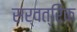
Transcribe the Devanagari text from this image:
सर्वत्रिक